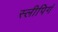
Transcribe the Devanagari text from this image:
स्लीपिगं